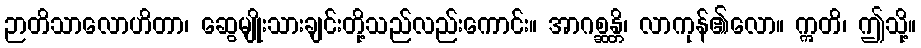
ဉာတိသာလောဟိတာ၊ ဆွေမျိုးသားချင်းတို့သည်လည်းကောင်း။ အာဂစ္ဆန္တိ၊ လာကုန်၏လော။ ဣတိ၊ ဤသို့။